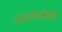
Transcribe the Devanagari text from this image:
जोडगोळीही